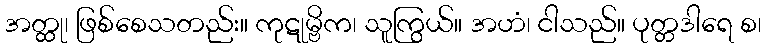
အတ္ထု၊ ဖြစ်စေသတည်း။ ကုဋုမ္ဗိက၊ သူကြွယ်။ အဟံ၊ ငါသည်။ ပုတ္တဒါရေ စ၊